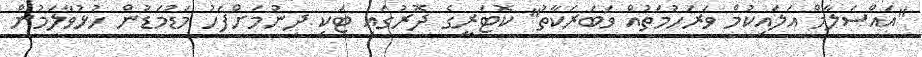
"އައްސަލާމް އަލައިކުމް ވަރަހުމަތުއް ވަބަރަކާތު" ކޮޓަރީގެ ދޮރުގައި ޓަކި ދިނުމަށްފަހު މަޑުމަޑުން ހުޅުވާލަމުން